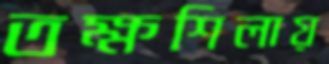
তক্ষশিলায়